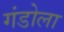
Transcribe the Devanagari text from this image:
गंडोला